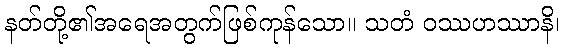
နတ်တို့၏အရေအတွက်ဖြစ်ကုန်သော။ သတံ ဝဿဟဿာနိ၊